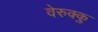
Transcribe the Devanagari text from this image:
वेरुक्कु